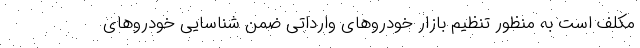
مکلف است به منظور تنظیم بازار خودروهای وارداتی ضمن شناسایی خودروهای